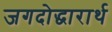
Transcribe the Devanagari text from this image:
जगदोद्धारार्थ